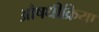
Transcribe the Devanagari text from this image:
औषधीक्रिया